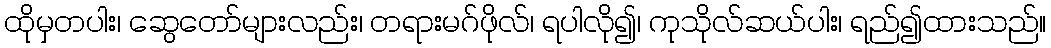
ထိုမှတပါး၊ ဆွေတော်များလည်း၊ တရားမဂ်ဖိုလ်၊ ရပါလို၍၊ ကုသိုလ်ဆယ်ပါး၊ ရည်၍ထားသည်။